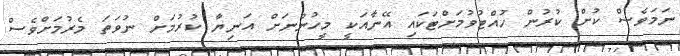
ނަމަވެސް ކުށް ކުރުން ހުއްޓުވުމަށްޓަކައި އޭނާއަކީ މީހުންނަށް އަނިޔާ ކުރުމަށް ނުވަތަ މެރުމަށްވެސް